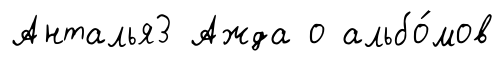
Анталья3 Ажда о альбо́мов